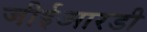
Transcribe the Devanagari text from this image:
जीईआरडी